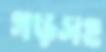
গড়সহ